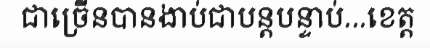
ជាច្រើនបានងាប់ជាបន្តបន្ទាប់...ខេត្ត